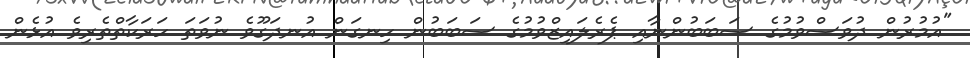
"އުމުރުން ދުވަސްވުމުގެ ސަބަބުންނާއި ޕެރެލައިޒްވުމުގެ ސަބަބުން ހިނގަން އުނދަގޫވެ ނުވަތަ ހަރަކާތްތެރިވެ އުޅެން